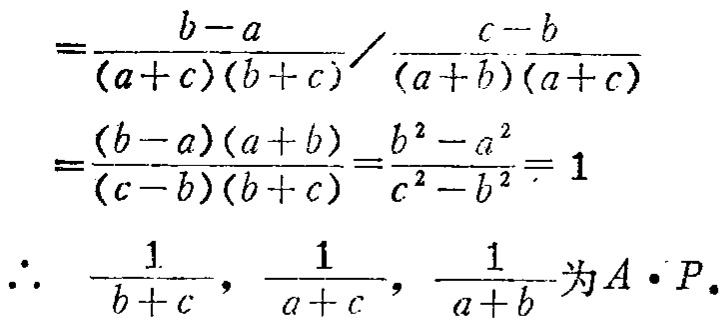
\[

\begin{align*}

&=\frac{b - a}{(a + c)(b + c)}\Bigg/\frac{c - b}{(a + b)(a + c)}\\

&=\frac{(b - a)(a + b)}{(c - b)(b + c)}=\frac{b^{2}-a^{2}}{c^{2}-b^{2}} = 1\\

\therefore\ &\frac{1}{b + c},\frac{1}{a + c},\frac{1}{a + b}\text{为}A\cdot P.

\end{align*}

\]